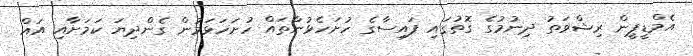
އެމްޑީޕީން ރިޝްވަތު ދިނުމުގެ ގޮތުގައި ފައިސާގެ ހުށަހެޅުންތައް ހުށަހަޅަމުން ގެންދިޔަ ކަމަށާއި އައް